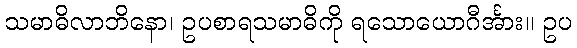
သမာဓိလာဘိနော၊ ဥပစာရသမာဓိကို ရသောယောဂီင်္အား။ ဥပ